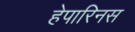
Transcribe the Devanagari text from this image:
हेपारिनस